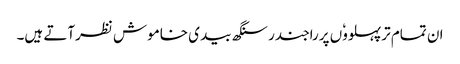
ان تمام ترپہلووٗں پرراجندر سنگھ بیدی خاموش نظرآتے ہیں۔